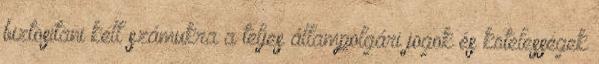
biztosítani kell számukra a teljes állampolgári jogok és kötelességek